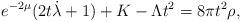
LaTeX: \begin{align*} e^{-2\mu} (2t\dot{\lambda}+1)+ K - \Lambda t^{2} = 8 \pi t^{2}\rho,\end{align*}